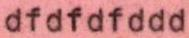
dfdfdfddd